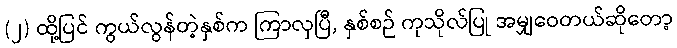
(၂) ထို့ပြင် ကွယ်လွန်တဲ့နှစ်က ကြာလှပြီ, နှစ်စဉ် ကုသိုလ်ပြု အမျှဝေတယ်ဆိုတော့